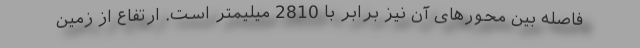
فاصله بین محورهای آن نیز برابر با 2810 میلیمتر است. ارتفاع از زمین